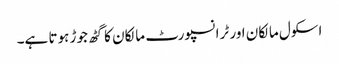
اسکول مالکان اور ٹرانسپورٹ مالکان کا گٹھ جوڑ ہوتا ہے۔